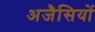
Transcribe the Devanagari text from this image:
अजैसियों